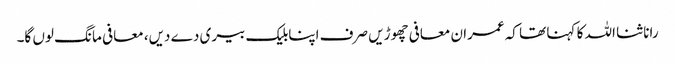
رانا ثنا اللہ کا کہنا تھا کہ عمران معافی چھوڑیں صرف اپنابلیک بیری دے دیں، معافی مانگ لوں گا۔